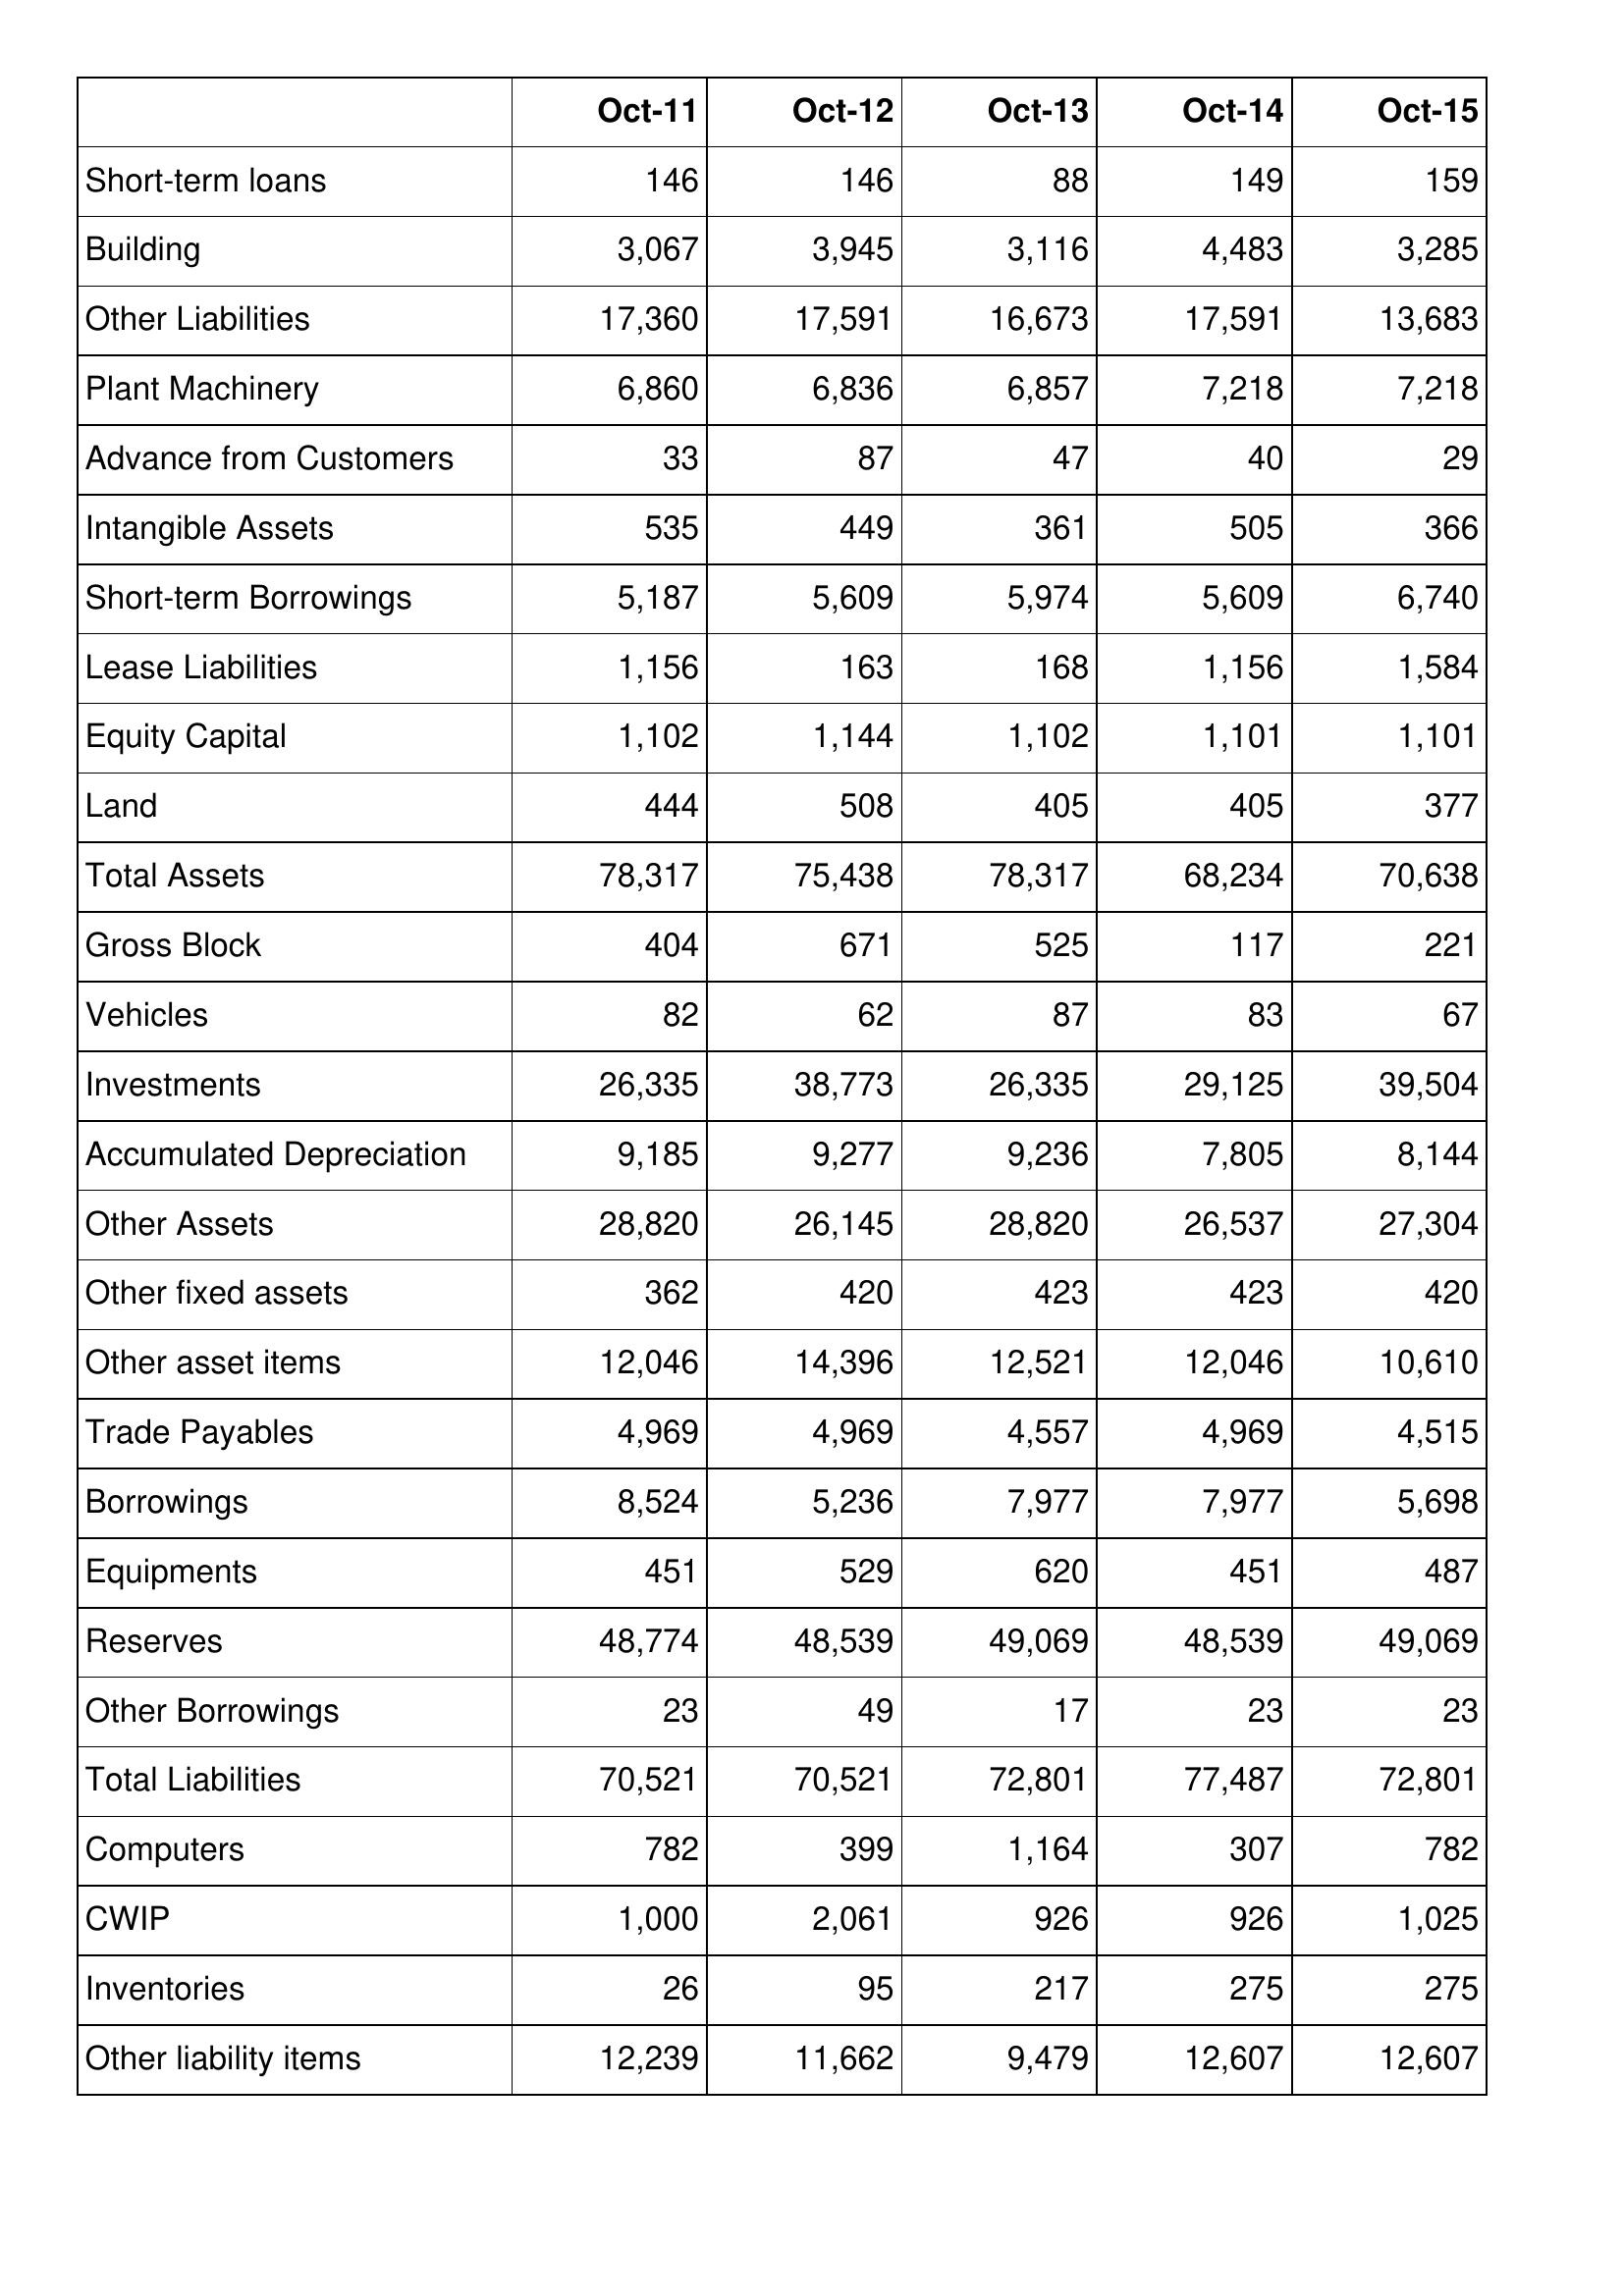
Oct-11: Balance Sheet: Short-term loans: 146
Building: 3,067
Other Liabilities: 17,360
Plant Machinery: 6,860
Advance from Customers: 33
Intangible Assets: 535
Short-term Borrowings: 5,187
Lease Liabilities: 1,156
Equity Capital: 1,102
Land: 444
Total Assets: 78,317
Gross Block: 404
Vehicles: 82
Investments: 26,335
Accumulated Depreciation: 9,185
Other Assets: 28,820
Other fixed assets: 362
Other asset items: 12,046
Trade Payables: 4,969
Borrowings: 8,524
Equipments: 451
Reserves: 48,774
Other Borrowings: 23
Total Liabilities: 70,521
Computers: 782
CWIP: 1,000
Inventories: 26
Other liability items: 12,239
Oct-12: Balance Sheet: Short-term loans: 146
Building: 3,945
Other Liabilities: 17,591
Plant Machinery: 6,836
Advance from Customers: 87
Intangible Assets: 449
Short-term Borrowings: 5,609
Lease Liabilities: 163
Equity Capital: 1,144
Land: 508
Total Assets: 75,438
Gross Block: 671
Vehicles: 62
Investments: 38,773
Accumulated Depreciation: 9,277
Other Assets: 26,145
Other fixed assets: 420
Other asset items: 14,396
Trade Payables: 4,969
Borrowings: 5,236
Equipments: 529
Reserves: 48,539
Other Borrowings: 49
Total Liabilities: 70,521
Computers: 399
CWIP: 2,061
Inventories: 95
Other liability items: 11,662
Oct-13: Balance Sheet: Short-term loans: 88
Building: 3,116
Other Liabilities: 16,673
Plant Machinery: 6,857
Advance from Customers: 47
Intangible Assets: 361
Short-term Borrowings: 5,974
Lease Liabilities: 168
Equity Capital: 1,102
Land: 405
Total Assets: 78,317
Gross Block: 525
Vehicles: 87
Investments: 26,335
Accumulated Depreciation: 9,236
Other Assets: 28,820
Other fixed assets: 423
Other asset items: 12,521
Trade Payables: 4,557
Borrowings: 7,977
Equipments: 620
Reserves: 49,069
Other Borrowings: 17
Total Liabilities: 72,801
Computers: 1,164
CWIP: 926
Inventories: 217
Other liability items: 9,479
Oct-14: Balance Sheet: Short-term loans: 149
Building: 4,483
Other Liabilities: 17,591
Plant Machinery: 7,218
Advance from Customers: 40
Intangible Assets: 505
Short-term Borrowings: 5,609
Lease Liabilities: 1,156
Equity Capital: 1,101
Land: 405
Total Assets: 68,234
Gross Block: 117
Vehicles: 83
Investments: 29,125
Accumulated Depreciation: 7,805
Other Assets: 26,537
Other fixed assets: 423
Other asset items: 12,046
Trade Payables: 4,969
Borrowings: 7,977
Equipments: 451
Reserves: 48,539
Other Borrowings: 23
Total Liabilities: 77,487
Computers: 307
CWIP: 926
Inventories: 275
Other liability items: 12,607
Oct-15: Balance Sheet: Short-term loans: 159
Building: 3,285
Other Liabilities: 13,683
Plant Machinery: 7,218
Advance from Customers: 29
Intangible Assets: 366
Short-term Borrowings: 6,740
Lease Liabilities: 1,584
Equity Capital: 1,101
Land: 377
Total Assets: 70,638
Gross Block: 221
Vehicles: 67
Investments: 39,504
Accumulated Depreciation: 8,144
Other Assets: 27,304
Other fixed assets: 420
Other asset items: 10,610
Trade Payables: 4,515
Borrowings: 5,698
Equipments: 487
Reserves: 49,069
Other Borrowings: 23
Total Liabilities: 72,801
Computers: 782
CWIP: 1,025
Inventories: 275
Other liability items: 12,607